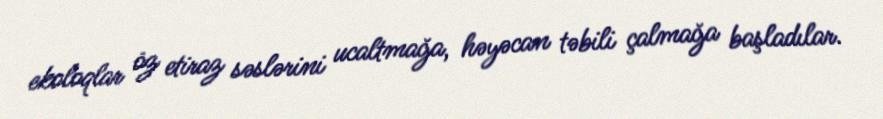
ekoloqlar öz etiraz səslərini ucaltmağa, həyəcan təbili çalmağa başladılar.